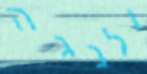
ולנגה